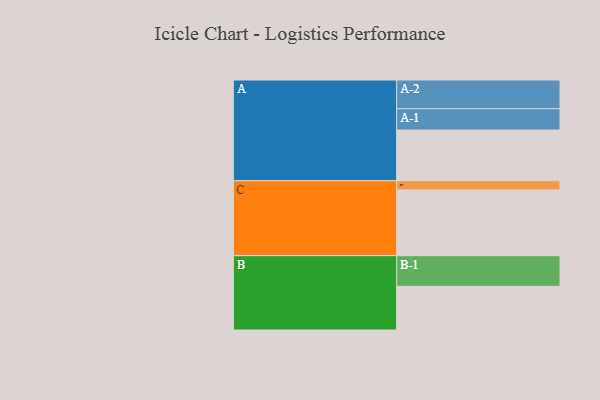
{"axis": {"x": "Segment", "y": "Value"}, "legend": ["", "A", "B", "C"], "data": [{"x": "A", "y": 353, "type": ""}, {"x": "B", "y": 304, "type": ""}, {"x": "C", "y": 458, "type": ""}, {"x": "A-1", "y": 149, "type": "A"}, {"x": "A-2", "y": 200, "type": "A"}, {"x": "B-1", "y": 214, "type": "B"}, {"x": "C-1", "y": 64, "type": "C"}]}